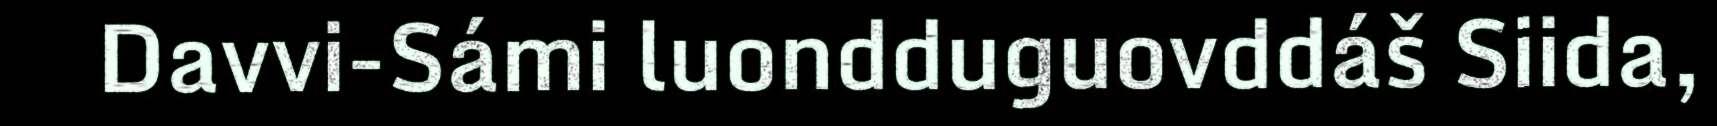
Davvi-Sámi luondduguovddáš Siida,